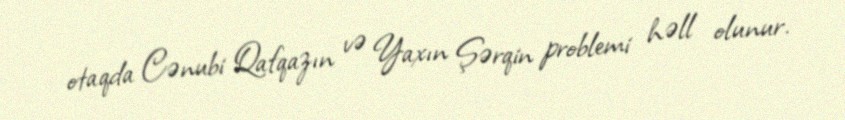
otaqda Cənubi Qafqazın və Yaxın Şərqin problemi həll olunur.